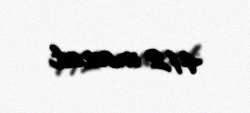
412 manat